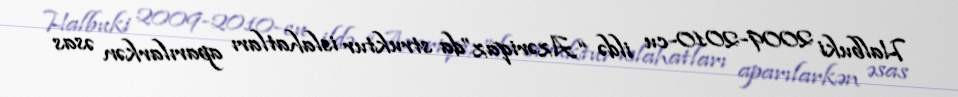
Halbuki 2009-2010-cu ildə “Azəriqaz”da struktur islahatları aparılarkən əsas